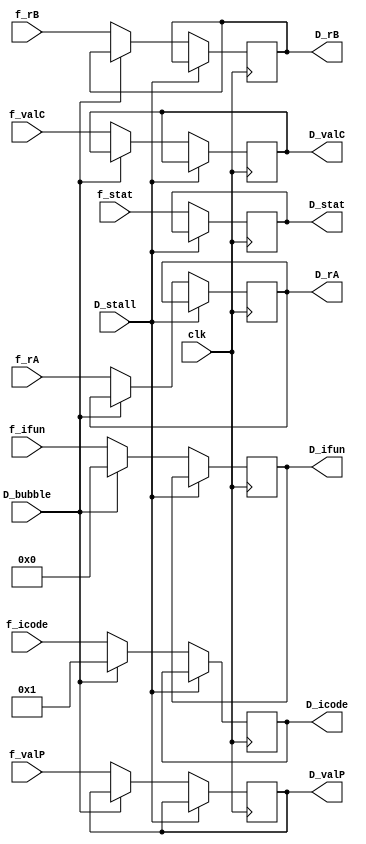
module rdecode(clk, D_stall, D_bubble, f_stat, f_icode, f_ifun ,f_rA, f_rB, f_valC, f_valP, D_stat, D_icode, D_ifun ,D_rA, D_rB, D_valC, D_valP);

    input clk, D_stall, D_bubble;
    input [3:0] f_stat;
    input [3:0] f_icode, f_ifun, f_rA, f_rB;
    input [63:0] f_valC, f_valP;
    output reg [3:0] D_stat;
    output reg [3:0] D_icode, D_ifun, D_rA, D_rB;
    output reg [63:0] D_valC, D_valP;

    always @(posedge clk) begin

        if(D_stall) begin
            
        end
        else if(D_bubble) begin
            D_stat <= f_stat;
            D_icode <= 1;
            D_ifun <= 0;
           
        end
        else begin
            D_stat <= f_stat;
            D_icode <= f_icode;
            D_ifun <= f_ifun;
            D_rA <= f_rA;
            D_rB <= f_rB;
            D_valC <= f_valC;
            D_valP <= f_valP;
        end
            
    end

endmodule